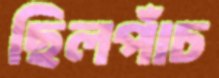
ছিলপাঁচ